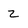
Character: Z